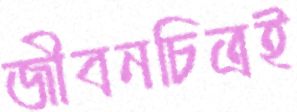
জীবনচিত্রই